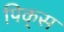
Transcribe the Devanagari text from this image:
पिक्‌स